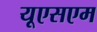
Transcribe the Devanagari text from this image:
यूएसएम